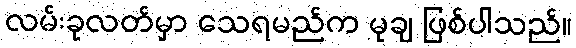
လမ်းခုလတ်မှာ သေရမည်က မုချ ဖြစ်ပါသည်။